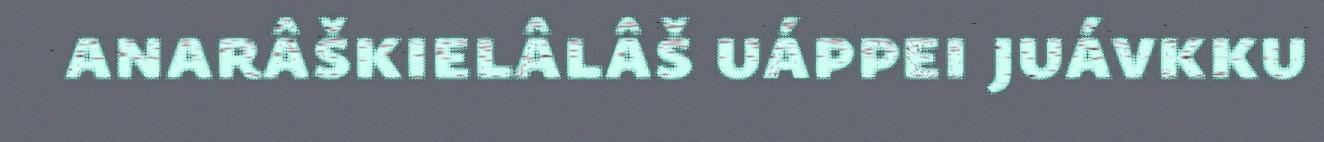
anarâškielâlâš uáppei juávkku